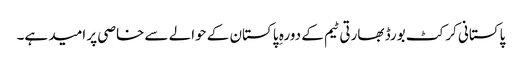
پاکستانی کرکٹ بورڈ بھارتی ٹیم کے دورہ ِ پاکستان کے حوالے سے خاصی پر امید ہے۔